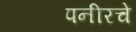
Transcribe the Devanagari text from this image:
पनीरचे